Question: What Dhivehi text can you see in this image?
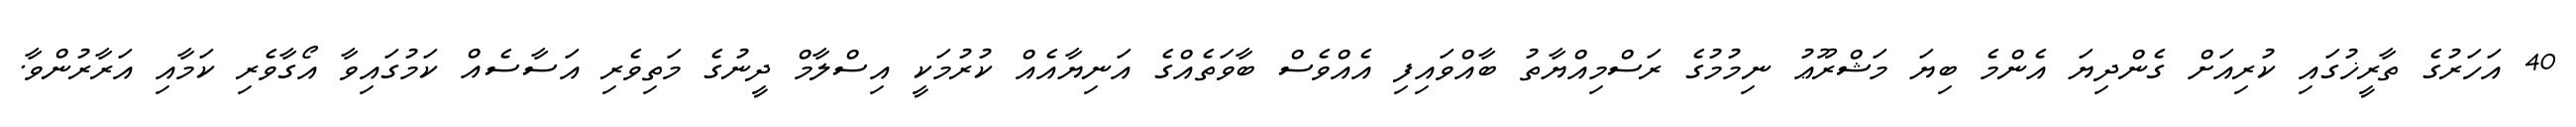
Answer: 40 އަހަރުގެ ތާރީޚުގައި ކުރިއަށް ގެންދިޔަ އެންމެ ބިޔަ މަޝްރޫޢު ނިމުމުގެ ރަސްމިއްޔާތު ބާއްވައިފި އެއްވެސް ބާވަތެއްގެ އަނިޔާއެއް ކުރުމަކީ އިސްލާމް ދީނުގެ މަތިވެރި އަސާސެއް ކަމުގައިވާ އޯގާވެރި ކަމާއި އަރާރުންވާ.